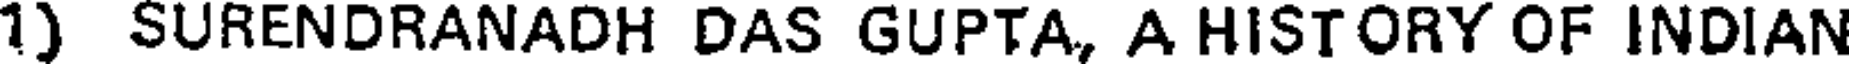
1) SURENDRANADH DAS GUPTA, A HISTORY OF INDIAN